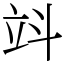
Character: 䇆